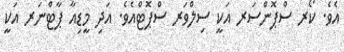
އެވެ. ކޯރ ސްޕޮންސަރ އަކީ ސިލްވަރ ސްޕޮޓްއެވެ. އަދި މީޑިއާ ޕާޓްނަރ އަކީ